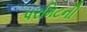
પરમિટની